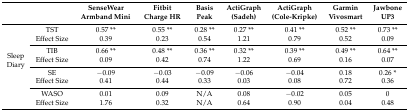
<table><thead><tr><td></td><td></td><td><b>SenseWear Armband Mini</b></td><td><b>Fitbit Charge HR</b></td><td><b>Basis Peak</b></td><td><b>ActiGraph (Sadeh)</b></td><td><b>ActiGraph (Cole-Kripke)</b></td><td><b>Garmin Vivosmart</b></td><td><b>Jawbone UP3</b></td></tr></thead><tbody><tr><td rowspan="8">Sleep Diary</td><td>TST</td><td>0.57 **</td><td>0.55 **</td><td>0.28 **</td><td>0.27 **</td><td>0.41 **</td><td>0.52 **</td><td>0.73 **</td></tr><tr><td>Effect Size</td><td>0.39</td><td>0.23</td><td>0.54</td><td>1.21</td><td>0.79</td><td>0.52</td><td>0.09</td></tr><tr><td>TIB</td><td>0.66 **</td><td>0.48 **</td><td>0.36 **</td><td>0.32 **</td><td>0.39 **</td><td>0.49 **</td><td>0.64 **</td></tr><tr><td>Effect Size</td><td>0.09</td><td>0.42</td><td>0.74</td><td>1.22</td><td>0.69</td><td>0.16</td><td>0.07</td></tr><tr><td>SE</td><td>−0.09</td><td>−0.03</td><td>−0.09</td><td>−0.06</td><td>−0.04</td><td>0.18</td><td>0.26 *</td></tr><tr><td>Effect Size</td><td>0.41</td><td>0.44</td><td>0.33</td><td>0.03</td><td>0.08</td><td>0.72</td><td>0.36</td></tr><tr><td>WASO</td><td>0.01</td><td>0.09</td><td>N/A</td><td>0.08</td><td>−0.02</td><td>0.05</td><td>0</td></tr><tr><td>Effect Size</td><td>1.76</td><td>0.32</td><td>N/A</td><td>0.64</td><td>0.90</td><td>0.04</td><td>0.48</td></tr></tbody></table>